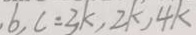
6 , c = 3 k , 2 k , 4 k